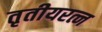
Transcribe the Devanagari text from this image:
तृतीयरत्न